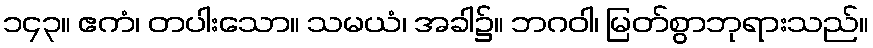
၁၄၃။ ဧကံ၊ တပါးသော။ သမယံ၊ အခါ၌။ ဘဂဝါ၊ မြတ်စွာဘုရားသည်။